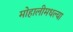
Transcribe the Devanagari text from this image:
मोहालीमधल्या